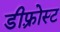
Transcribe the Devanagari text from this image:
डीफ़्रोस्ट